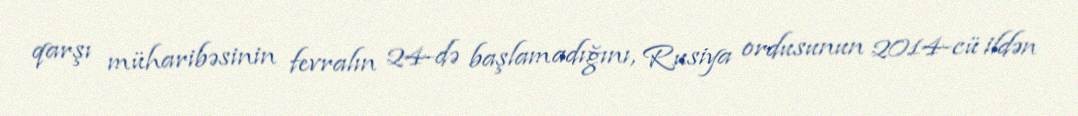
qarşı müharibəsinin fevralın 24-də başlamadığını, Rusiya ordusunun 2014-cü ildən